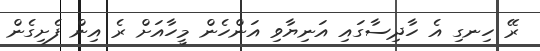
ރޭ ހިނގި އެ ހާދިސާގައި އަނިޔާވި އަންހެން މީހާއަށް ރެ އިން ފެށިގެން